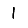
Digit: 1